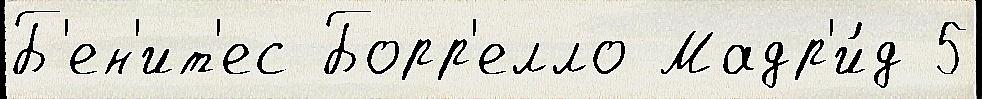
Б'ен'ит'ес Борр'елло Мадр'и́д 5